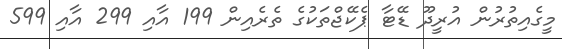
މީގެއިތުރުން އުރީދޫ ޑޭޓާ ޕެކޭޖްތަކުގެ ތެރެއިން 199 އާއި 299 އާއި 599